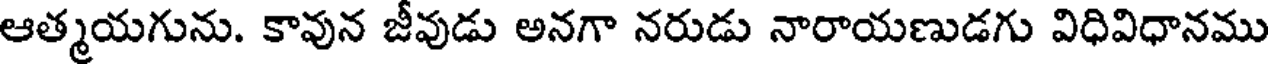
ఆత్మయగును. కావున జీవుడు అనగా నరుడు నారాయణుడగు విధివిధానము